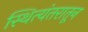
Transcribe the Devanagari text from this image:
स्थित्यंतरातून